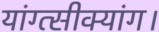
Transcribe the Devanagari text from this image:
यांग्त्सीक्यांग।